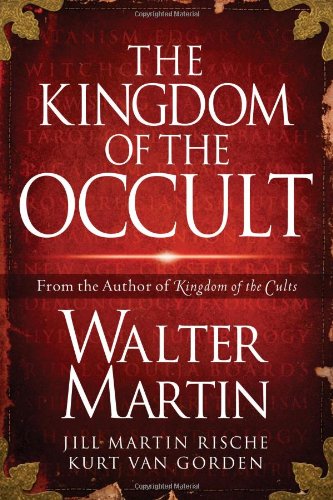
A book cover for The Kingdom of the Occult; Walter Martin; Religion & Spirituality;